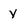
Character: y